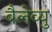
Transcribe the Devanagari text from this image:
बैलेव्यु